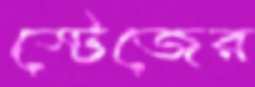
স্টেজের